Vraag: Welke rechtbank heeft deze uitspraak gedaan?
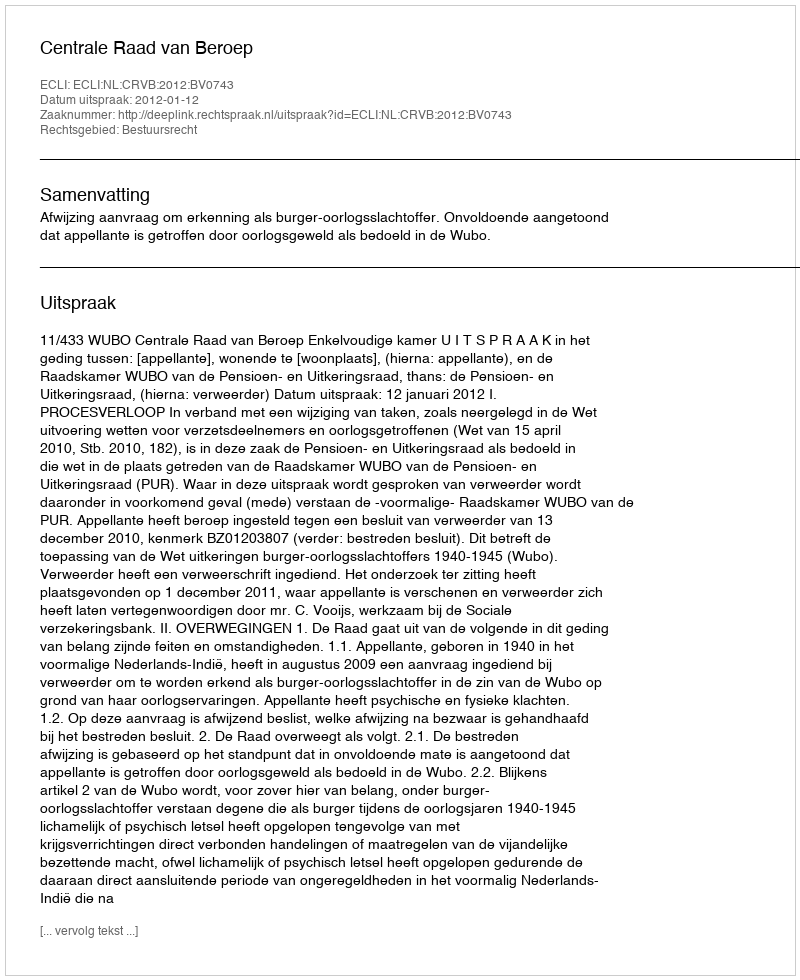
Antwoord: Centrale Raad van Beroep